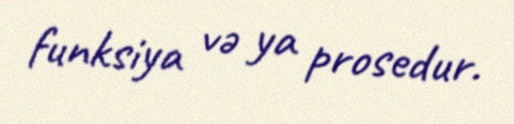
funksiya və ya prosedur.